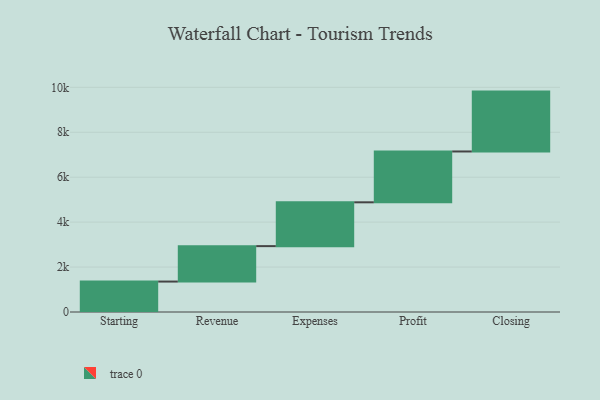
{"axis": {"x": "Step", "y": "Value"}, "legend": [""], "data": [{"x": "Starting", "y": 1355.0, "type": ""}, {"x": "Revenue", "y": 1577.0, "type": ""}, {"x": "Expenses", "y": 1951.0, "type": ""}, {"x": "Profit", "y": 2263.0, "type": ""}, {"x": "Closing", "y": 2665.0, "type": ""}]}